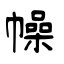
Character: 幧